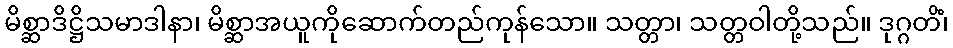
မိစ္ဆာဒိဋ္ဌိသမာဒါနာ၊ မိစ္ဆာအယူကိုဆောက်တည်ကုန်သော။ သတ္တာ၊ သတ္တဝါတို့သည်။ ဒုဂ္ဂတိံ၊